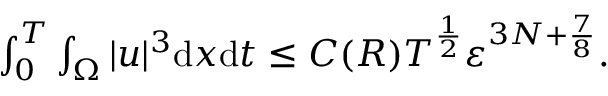
\begin{array} { r } { \int _ { 0 } ^ { T } \int _ { \Omega } | u | ^ { 3 } \mathrm { d } x \mathrm { d } t \leq C ( R ) T ^ { \frac { 1 } { 2 } } \varepsilon ^ { 3 N + \frac { 7 } { 8 } } . } \end{array}